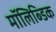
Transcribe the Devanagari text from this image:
मॉलिब्डिक